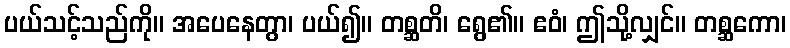
ပယ်သင့်သည်ကို။ အပေနေတွာ၊ ပယ်၍။ တစ္ဆတိ၊ ရွေ၏။ ဧဝံ၊ ဤသို့လျှင်။ တစ္ဆကော၊